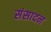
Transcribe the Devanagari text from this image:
संसादन